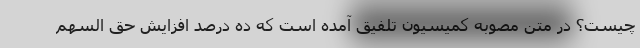
چیست؟ در متن مصوبه کمیسیون تلفیق آمده است که ده درصد افزایش حق السهم